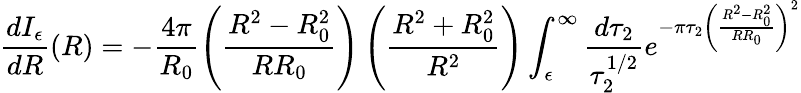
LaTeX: \frac{dI_{\epsilon}}{dR}(R)=-\frac{4\pi}{R_{0}}\left(\frac{R^{2}-R_{0}^{2}}{RR_{0}}\right)\left(\frac{R^{2}+R_{0}^{2}}{R^{2}}\right)\int_{\epsilon}^{\infty}\frac{d\tau_{2}}{\tau_{2}^{1/2}}e^{-\pi\tau_{2}\left(\frac{R^{2}-R_{0}^{2}}{RR_{0}}\right)^{2}}